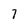
Character: 7